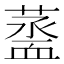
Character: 𧗆